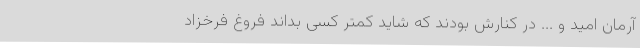
آرمان امید و ... در کنارش بودند که شاید کمتر کسی بداند فروغ فرخزاد